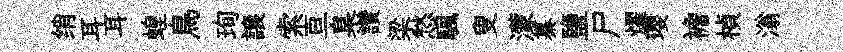
绡耳耳蝗鳥珣譲索亘臬讚梁愁颿叟濛纂鹽尸燿瓔襜楨滃